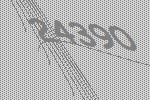
24390